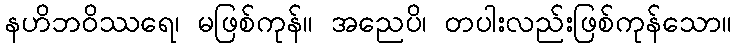
နဟိဘဝိဿရေ၊ မဖြစ်ကုန်။ အညေပိ၊ တပါးလည်းဖြစ်ကုန်သော။